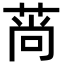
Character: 𦰱